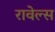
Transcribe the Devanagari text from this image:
रावेल्स